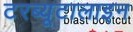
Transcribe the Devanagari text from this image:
टरब्यूटालाइन